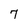
Character: 7